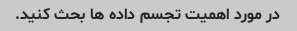
در مورد اهمیت تجسم داده ها بحث کنید.